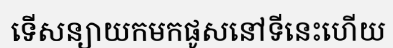
ទើសន្យាយកមកផូសនៅទីនេះហើយ